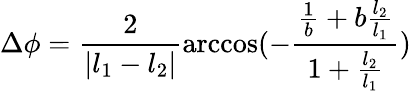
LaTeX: \Delta\phi=\frac{2}{|l_{1}-l_{2}|}\operatorname{arccos}(-\frac{\frac{1}{b}+b\frac{l_{2}}{l_{1}}}{1+\frac{l_{2}}{l_{1}}})